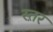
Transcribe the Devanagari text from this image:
स्त़र